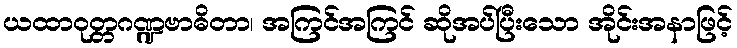
ယထာဝုတ္တဂဏ္ဍဗာဓိတာ၊ အကြင်အကြင် ဆိုအပ်ပြီးသော အိုင်းအနာဖြင့်